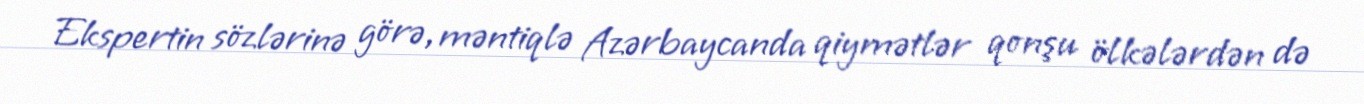
Ekspertin sözlərinə görə, məntiqlə Azərbaycanda qiymətlər qonşu ölkələrdən də